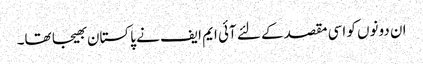
ان دونوں کو اسی مقصد کے لئے آئی ایم ایف نے پاکستان بھیجا تھا۔